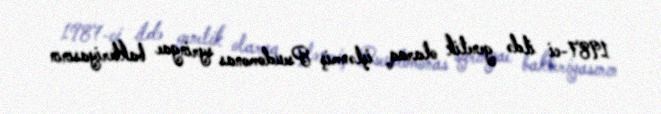
1987-ci ildə genetik olaraq işlənmiş Pseudomonas syringae bakteriyasının